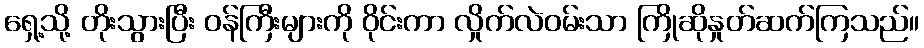
ရှေ့သို့ တိုးသွားပြီး ဝန်ကြီးများကို ဝိုင်းကာ လှိုက်လဲဝမ်းသာ ကြိုဆိုနှုတ်ဆက်ကြသည်။